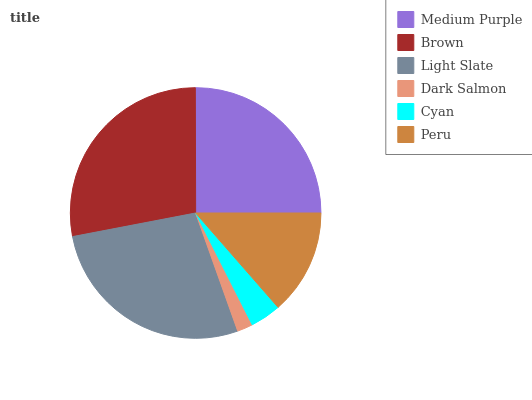
| Medium Purple | Brown | Light Slate | Dark Salmon | Cyan | Peru |
 | --- | --- | --- | --- | --- | --- |
 | 25% | 28% | 27.4% | 2.01% | 3.98% | 13.6% |